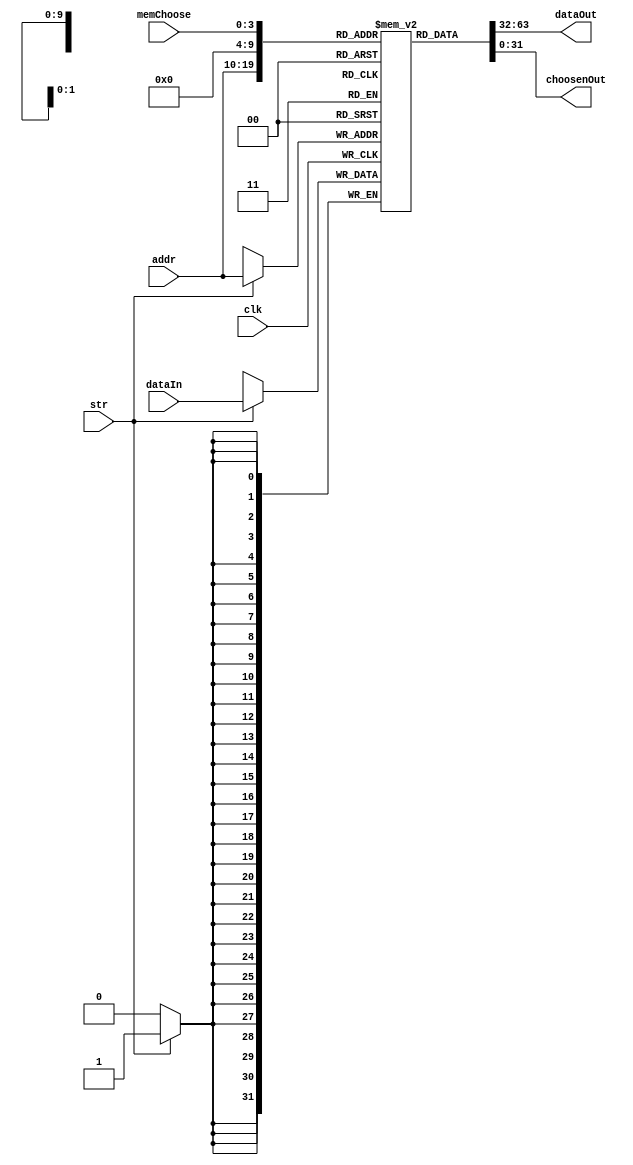
`timescale 1ms/1ns
module dataRAM(
    input [9:0] addr,
    input [31:0] dataIn,
    input str,
    input clk,
    input [3:0]memChoose,
    output [31:0]dataOut,
    output [31:0]choosenOut
 );
    reg [31:0]ram[0:1023];
    assign dataOut = ram[addr];
    assign choosenOut = ram[memChoose];
    always @(posedge clk)
    begin
        if (str)
            ram[addr] = dataIn;
    end
 endmodule
 
 module instROM(
    input [9:0] addr,
    output [31:0] data
);
    reg [31:0]storage[0:1023];
    initial
        $readmemh("D:\\\\test.txt", storage);
    assign data = storage[addr];
endmodule

 module counter(
    input clk,
    input count,
    output [31:0]data
);
    reg [31:0]number;
    initial
        number = 0;
    assign data = number;
    always @(posedge clk)
        if (count)
            number = number + 1;
 endmodule
 
 module register(
    input [31:0] dataIn,
    input clk,
    input WE,
    output [31:0]dataOut
);
    reg [31:0] storage;
    initial
        storage = 0;
    assign dataOut = storage;
    always @(posedge clk)
        if (WE)
            storage = dataIn;
endmodule

module mux2(choose, data0, data1, result);
    parameter LENGTH = 32;
    input [LENGTH - 1 : 0] data0, data1;
    input choose;
    output reg [LENGTH - 1 : 0] result;
    
    always @(choose or data0 or data1)
        if (choose)
            result = data1;
        else
            result = data0;
endmodule

module mux4(choose, data0, data1, data2, data3, result);
    parameter LENGTH = 32;
    input [LENGTH - 1 : 0]data0, data1, data2, data3;
    output reg [LENGTH - 1 : 0] result;
    input [1 : 0] choose;
    
    always @(choose or data0 or data1 or data2 or data3)
        case (choose)
            0: result = data0;
            1: result = data1;
            2: result = data2;
            3: result = data3;
        endcase
endmodule